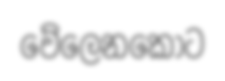
වේලෙනකොට